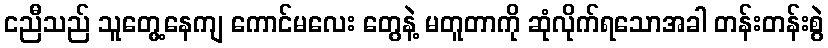
ငညီသည် သူတွေ့နေကျ ကောင်မလေး တွေနဲ့ မတူတာကို ဆုံလိုက်ရသောအခါ တန်းတန်းစွဲ